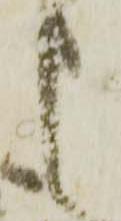
申